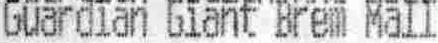
GUARDIAN GIANT BREM MALL